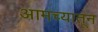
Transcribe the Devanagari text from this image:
आमच्यातून